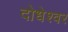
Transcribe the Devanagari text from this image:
दोधेश्वर